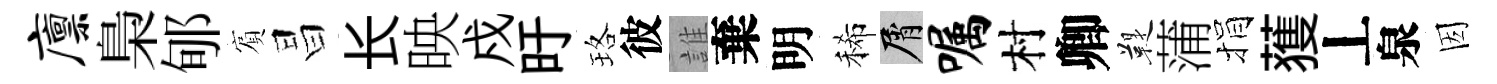
廪梟郇賔昌长映戍旴珞彼誰棄明稀屑嘱村卿鞮蒲捐𫉬丄泉因